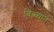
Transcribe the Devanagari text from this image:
बिब्ब्यात